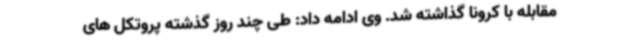
مقابله با کرونا گذاشته شد. وی ادامه داد: طی چند روز گذشته پروتکل های